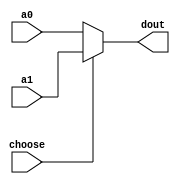
`timescale 1ns / 1ps
//////////////////////////////////////////////////////////////////////////////////
// Company: 
// Engineer: 
// 
// Design Name: 
// Module Name: MUX_32
// Project Name: 
// Target Devices: 
// Tool Versions: 
// Description: 
// 
// Dependencies: 
// 
// Revision:
// Revision 0.01 - File Created
// Additional Comments:
// 
//////////////////////////////////////////////////////////////////////////////////


module MUX_32(
    input   [31:0]a0,
    input   [31:0]a1,
    input   choose,
    output  [31:0]dout
    );

    assign dout = (choose==1'b0) ? a0 : a1;
endmodule